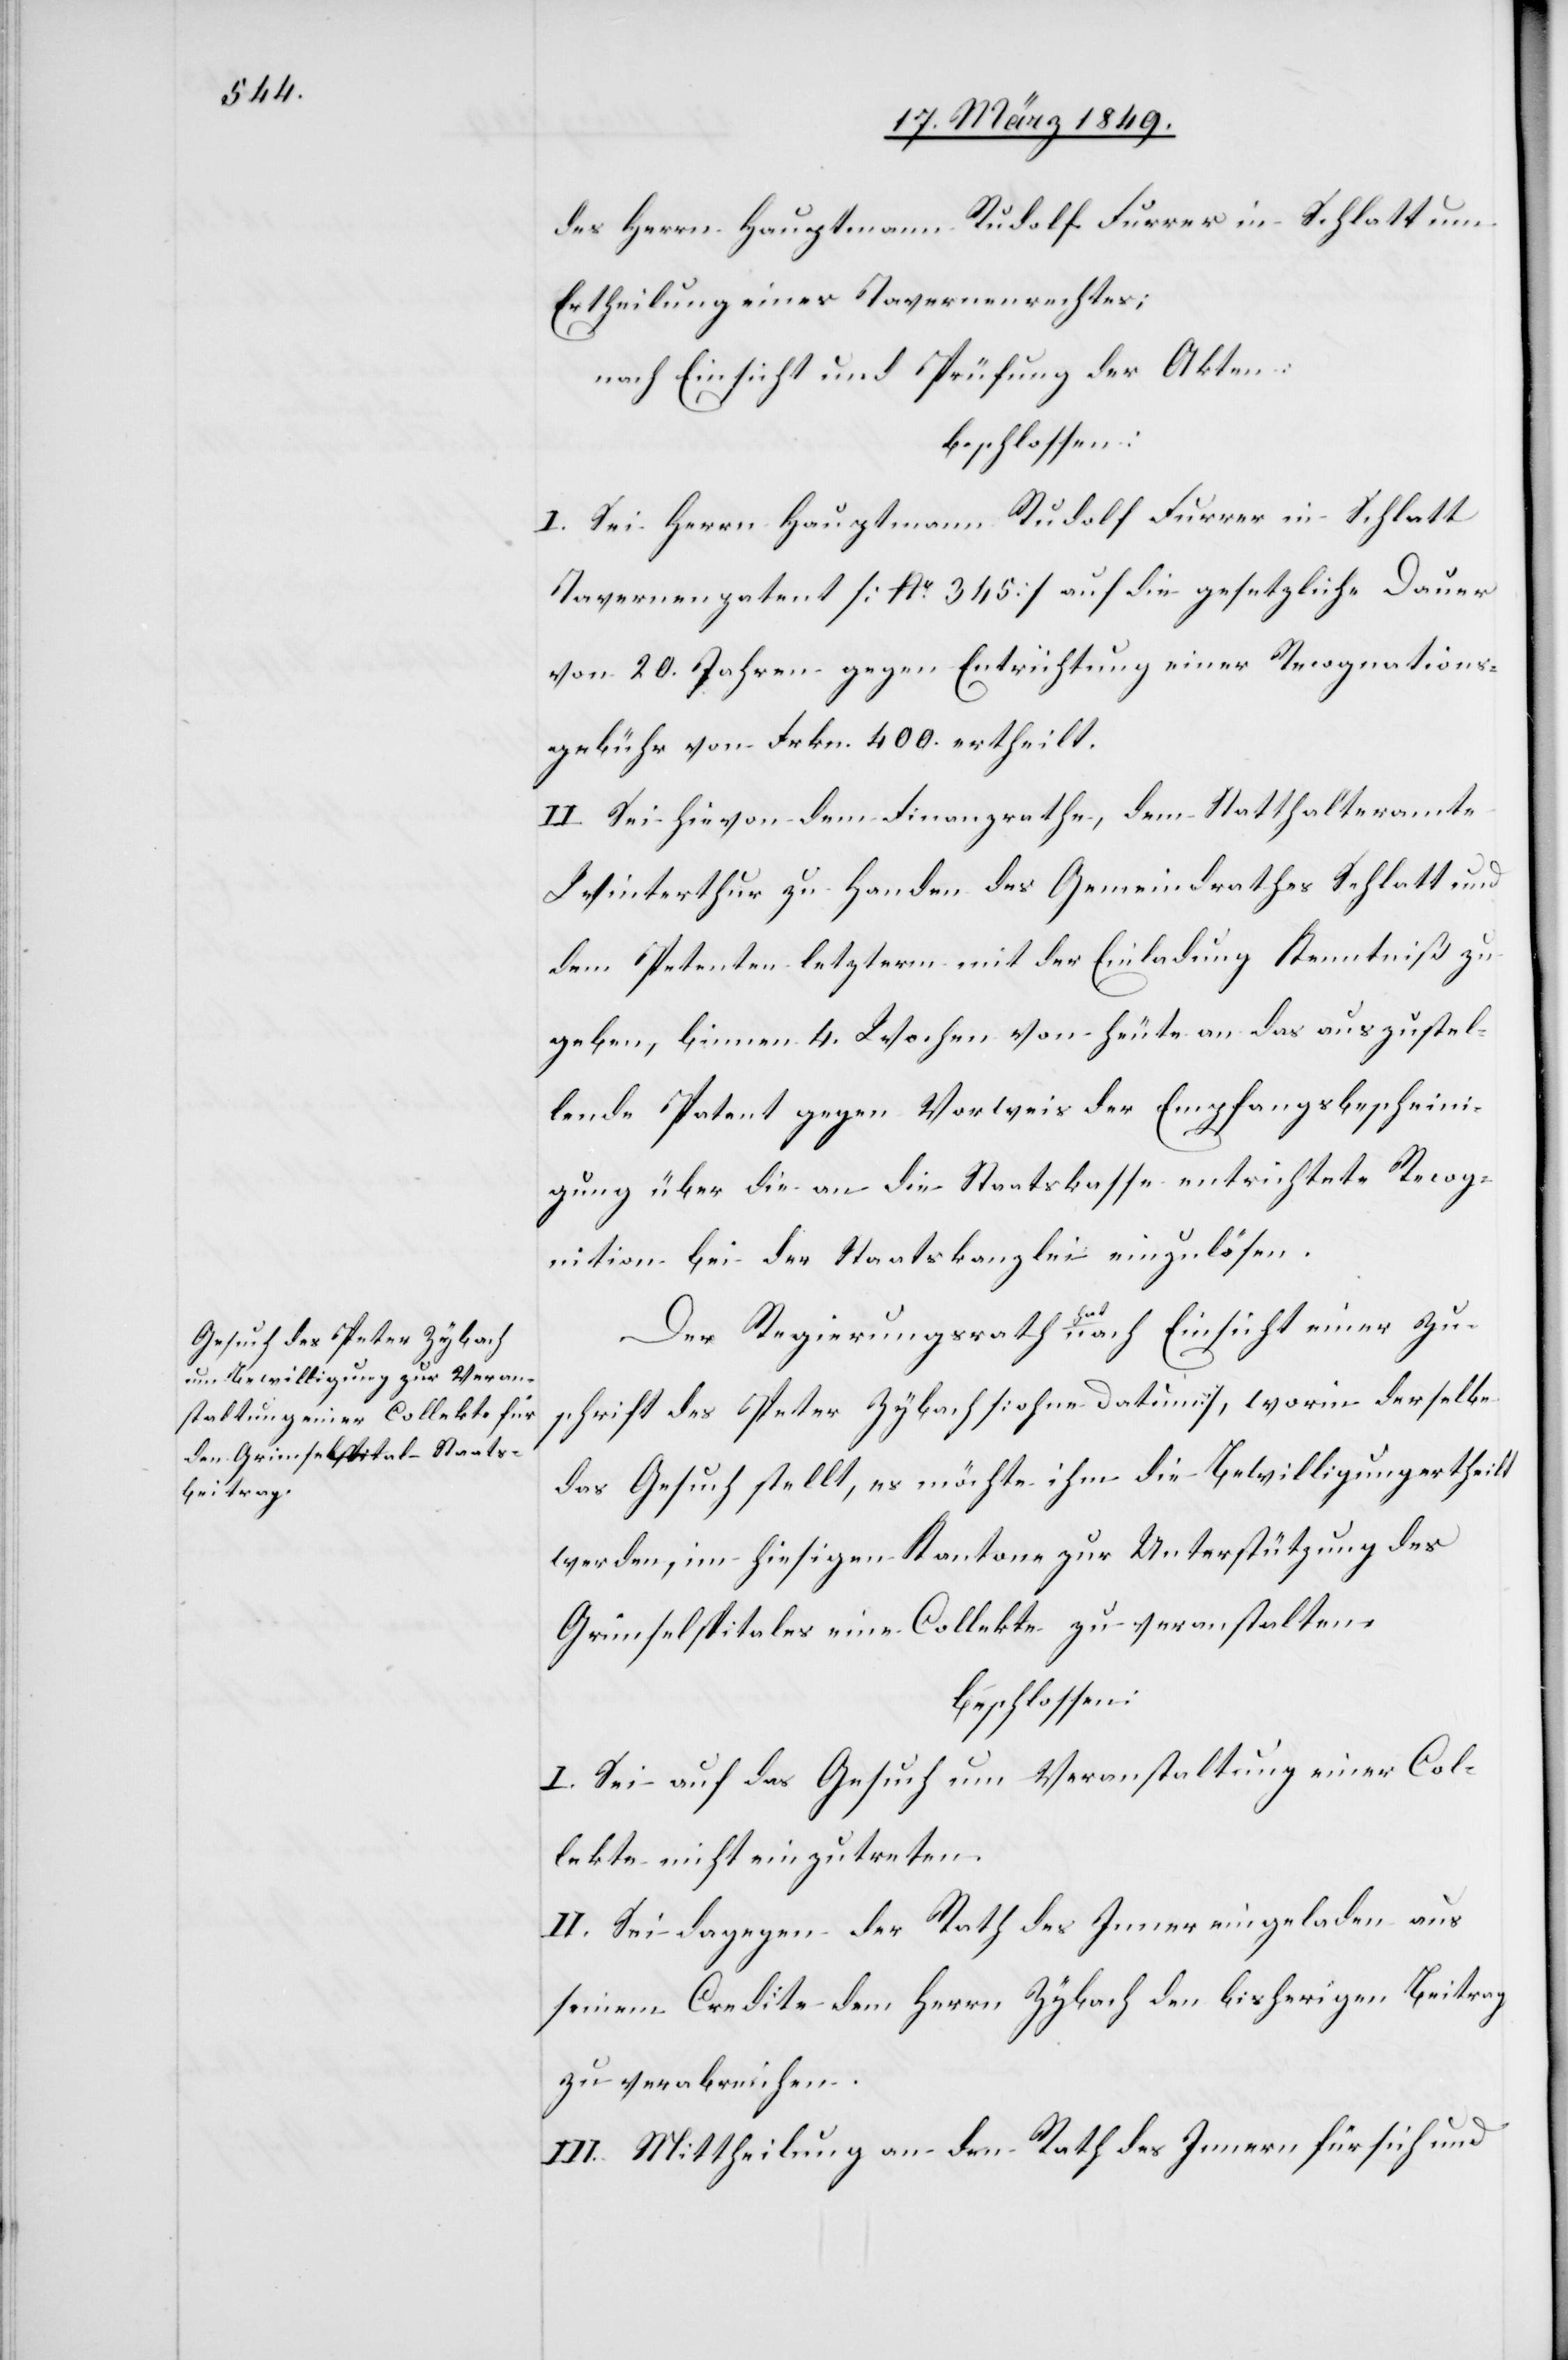
des Herrn Hauptmann Rudolf Furrer in Schlatt um
Ertheilung eines Tavernenrechtes;
nach Einsicht und Prüfung der Akten:
beschlossen:
I. Sei Herrn Hauptmann Rudolf Furrer in Schlatt
Tavernenpatent [No. 345] auf die gesetzliche Dauer
von 20. Jahren gegen Entrichtung einer Recognations¬
gebühr [sic!] von Frkn. 400. ertheilt.
II. Sei hievon dem Finanzrathe, dem Statthalteramte
Winterthur zu Handen des Gemeindrathes Schlatt und
dem Petenten letzterm mit der Einladung Kenntniß zu
geben, binnen 4. Wochen von heute an das auszustel¬
lende Patent gegen Vorweis der Empfangsbescheini¬
gung über die an die Staatskasse entrichtete Recog¬
nition bei der Staatskanzlei einzulösen.
Der Regierungsrath hat nach Einsicht einer Zu¬
schrift des Peter Zybach [ohne Datum], worin derselbe
das Gesuch stellt, es möchte ihm die Bewilligung ertheilt
werden, im hiesigen Kantone zur Unterstützung des
Grimselspitales eine Collekte zu veranstalten,
beschlossen:
I. Sei auf das Gesuch um Veranstaltung einer Col¬
lekte nicht einzutreten.
II. Sei dagegen der Rath des Innern eingeladen aus
seinem Credite dem Herrn Zybach den bisherigen Beitrag
zu verabreichen.
III. Mittheilung an den Rath des Innern für sich und